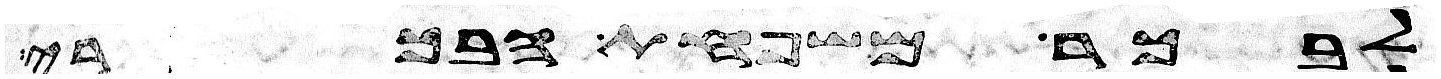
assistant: לבכר משפחת הבכרי